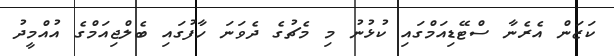
ކަޒަން އެރެނާ ސްޓޭޑިއަމްގައި ކުޅުނު މި މެޗުގެ ދެވަނަ ހާފުގައި ބެލްޖިއަމްގެ އުއްމީދު